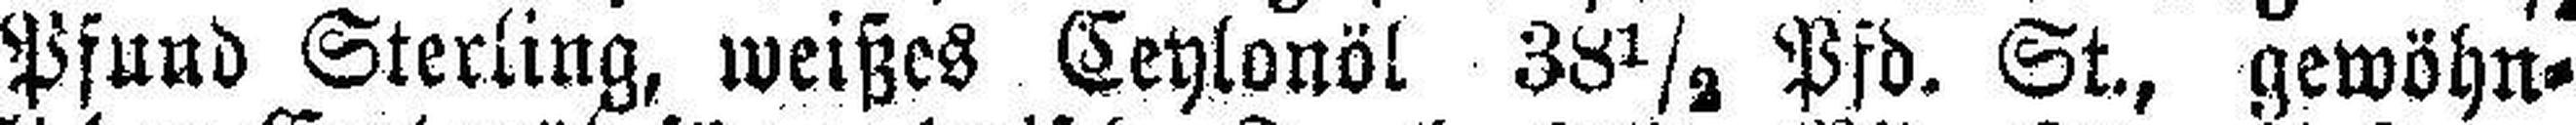
Pfund Sterling, weißes Ceylonöl 38½ Pfd. St., gewöhn¬